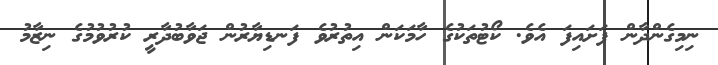
ނިމިގެންދާން ފަށައިފަ އެވެ. ކޯޓުތަކުގެ ހާމަކަން އިތުރުވެ ފަނޑިޔާރުން ޖަވާބުދާރީ ކުރުވުމުގެ ނިޒާމު